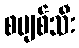
စပျစ်သီး